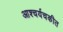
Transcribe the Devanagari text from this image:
आश्चर्यचकीत